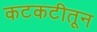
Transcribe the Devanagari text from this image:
कटकटीतून